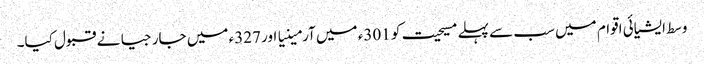
وسط ایشیائی اقوام میں سب سے پہلے مسیحیت کو 301ء میں آرمینیا اور 327ء میں جارجیا نے قبول کیا۔